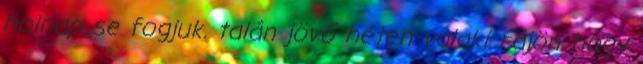
holnap se fogjuk. talán jövő héten valaki rájön hogy